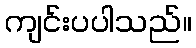
ကျင်းပပါသည်။